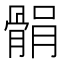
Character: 𩩐